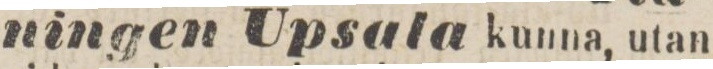
ningen Upsala kunna, utan